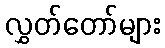
လွှတ်တော်များ